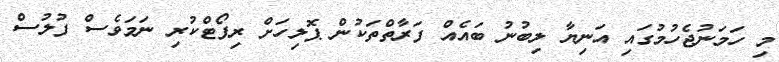
މި ހަމަނުޖެހުމުގައި އަނިޔާ ލިބުނު ބައެއް ފަރާތްތަކުން ޕޮލިހަށް ރިޕޯޓްކުރި ނަމަވެސް ފުލުސް